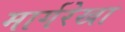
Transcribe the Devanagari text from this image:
मार्गरेखा